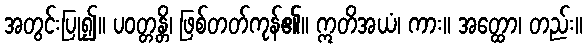
အတွင်းပြု၍။ ပဝတ္တန္တိ၊ ဖြစ်တတ်ကုန်၏။ ဣတိအယံ၊ ကား။ အတ္ထော၊ တည်း။